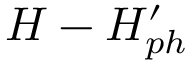
H - H _ { p h } ^ { \prime }